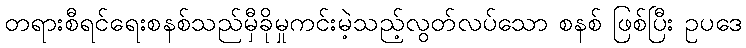
တရားစီရင်ရေးစနစ်သည်မှီခိုမှုကင်းမဲ့သည့်လွတ်လပ်သော စနစ် ဖြစ်ပြီး ဥပဒေ